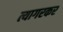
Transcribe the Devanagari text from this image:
त्यागरकर